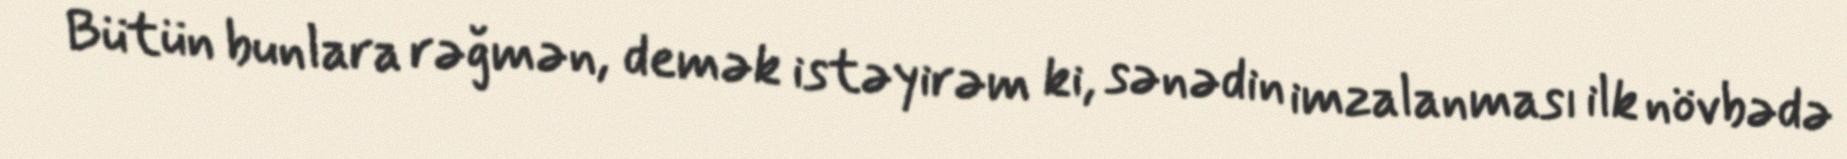
Bütün bunlara rəğmən, demək istəyirəm ki, sənədin imzalanması ilk növbədə